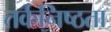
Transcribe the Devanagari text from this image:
तर्कनिष्ठता